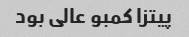
پیتزا کمبو عالی بود